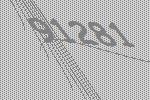
91281